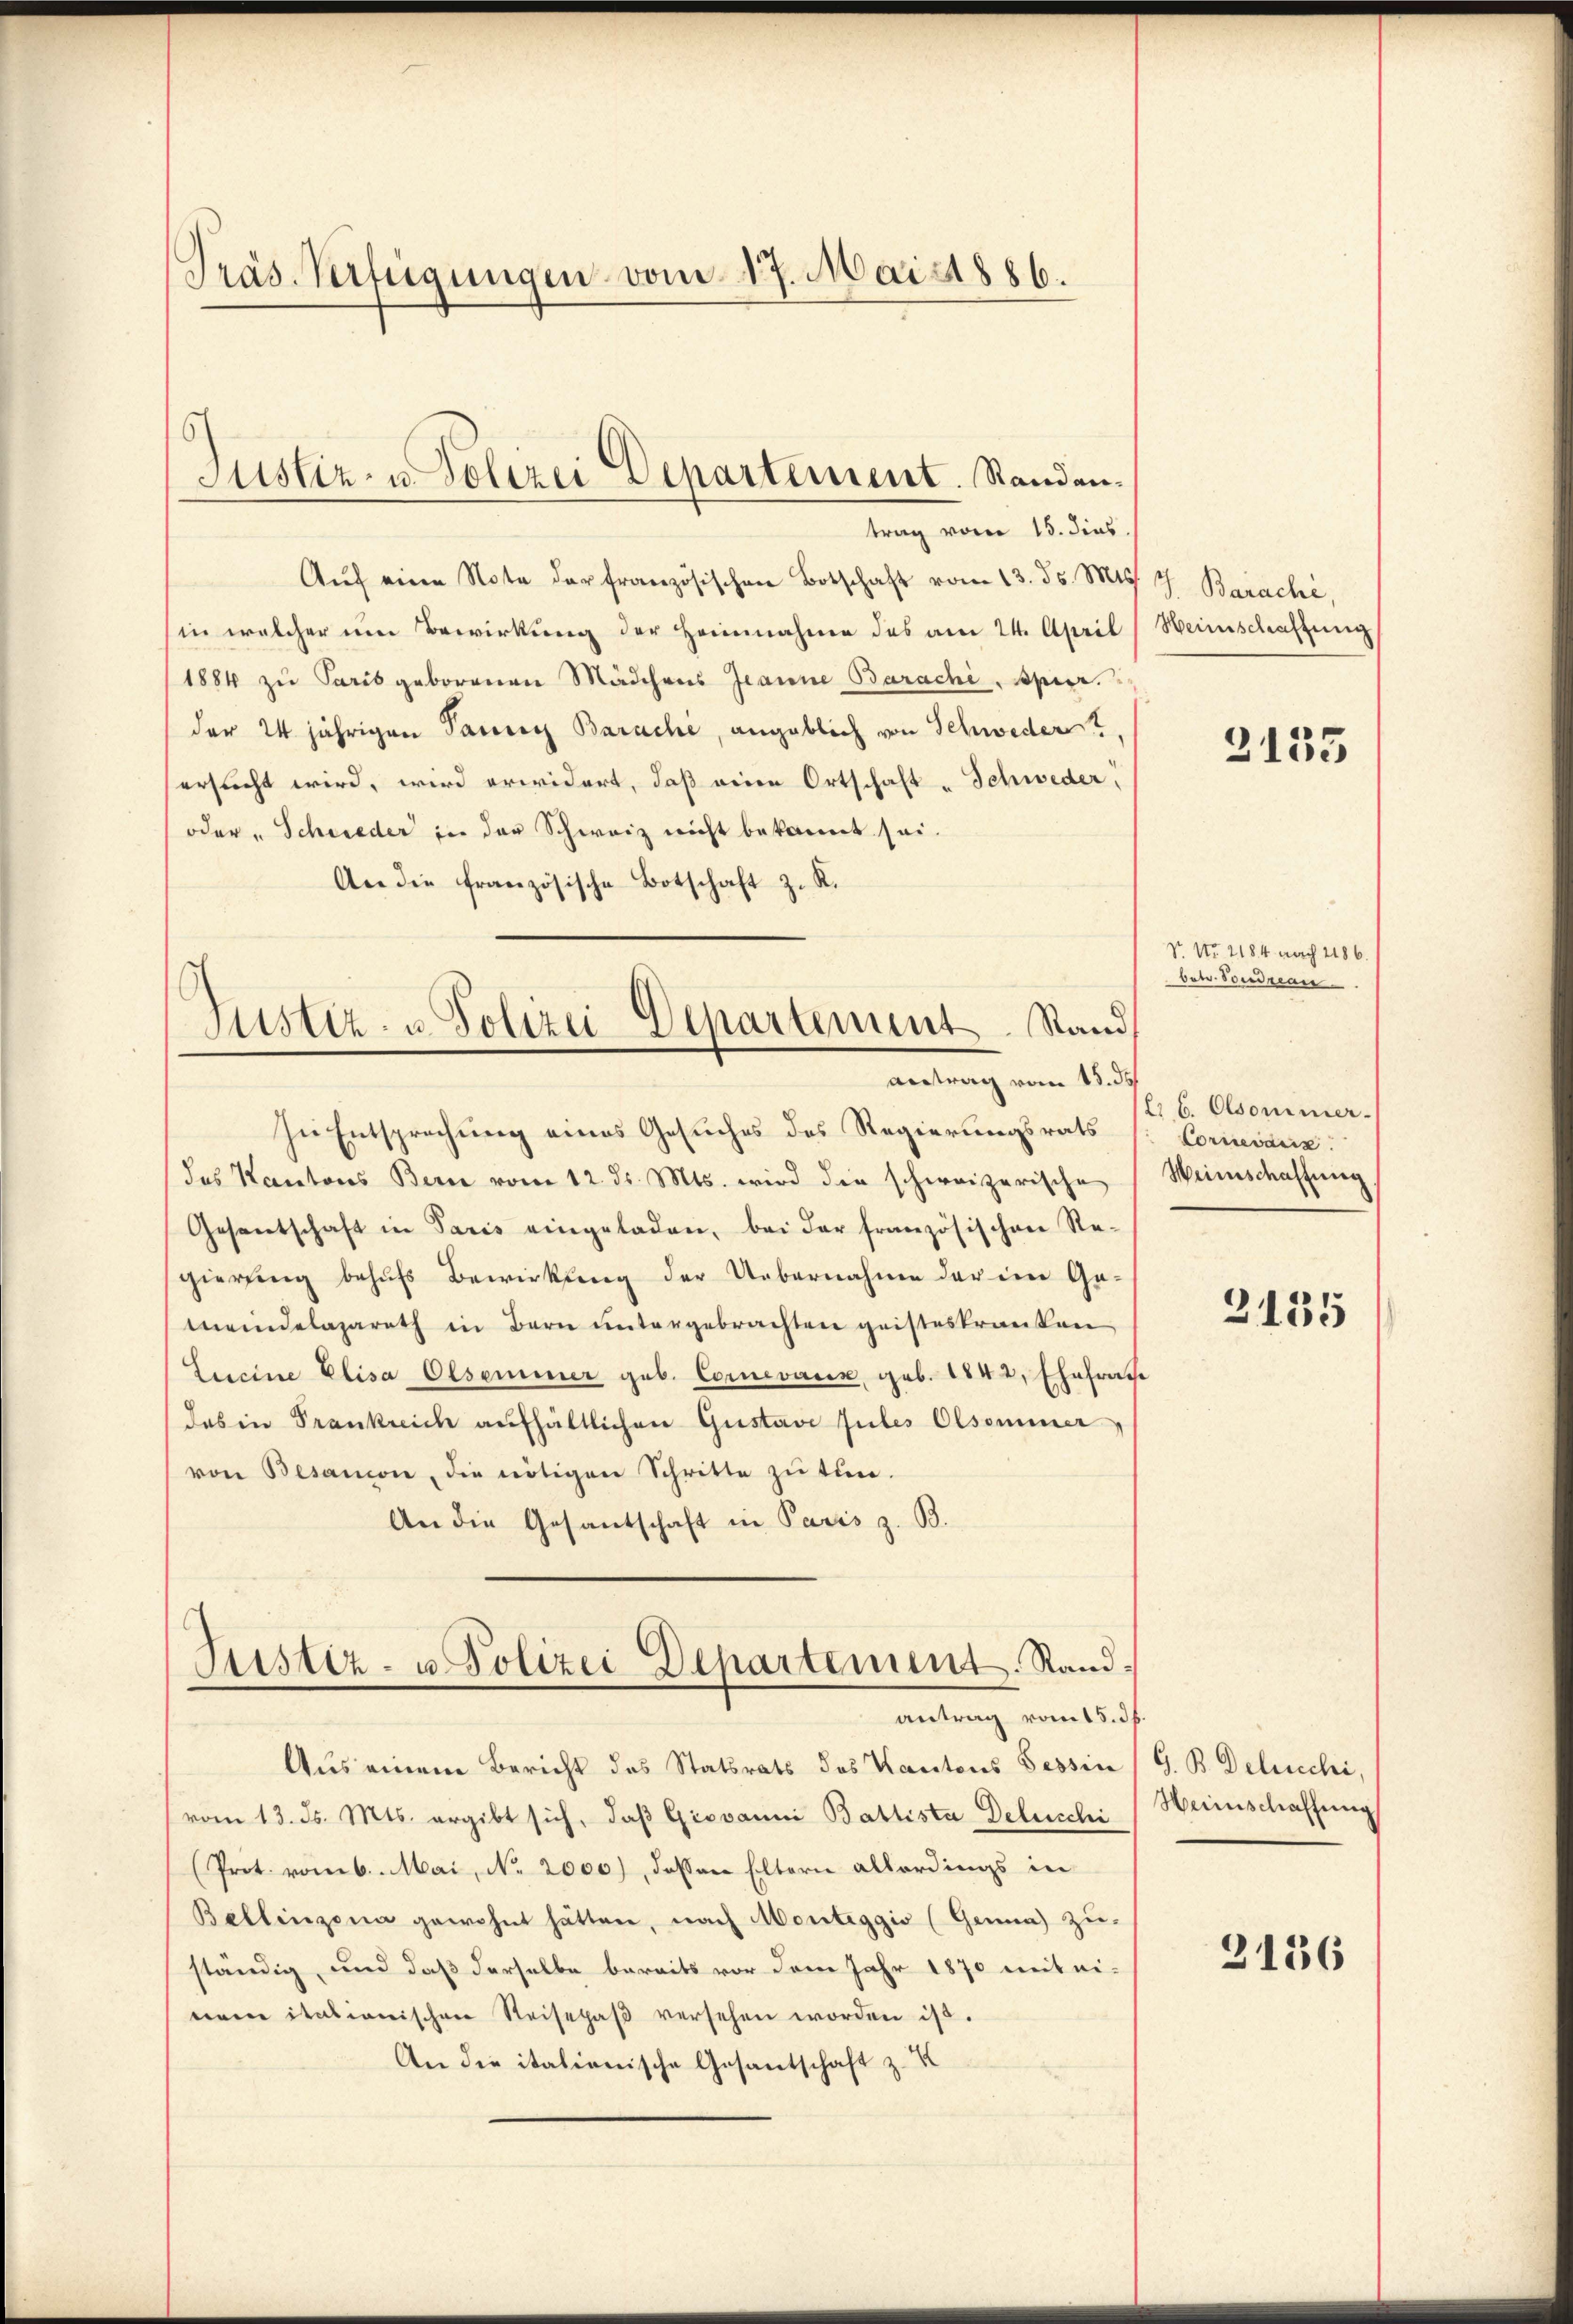
Präs. Verfügungen vom 17. Mai 1886.

Aŭf eine Note der französischen Botschaft vom 13. ds. Mts. 7. Barache,
in welcher um Bewirkung der Heinnahme des am 24. April, Heimschaftung
1884 zu Paris geborenen Mädchens Jeanne Barache, spier.
der 24 jährigen Paris Barache, angeblich von Schwedert,
ersucht wird, wird erwidert, daß eine Ortschaft „Schweder
oder „Schieder in der Schweiz nicht bekannt sei.
An die französische Botschaft z. R.

Justiz- u Polizei Departement. Standen.
trag vom 15. dies

Justiz- u. Polizei Departement. Stand,
antrag vom 15. ds.

In Entsprechung eines Gesuches des Regierungsrats
des Kantons Bern vom 12. ds. Mts. wird die schweizerische Weinschaffŭng
Gesantschaft in Paris eingeladen, bei der französischen Re-
gierung behufs Bewirkung der Uebernahme der im Ge-
meindelazareth in Bern untergebrachten geisteskranken
Lucine Elisa Olseminer geb. Cornevaux, geb. 1842, Ehefrage
das in Frankreich aufhältlichen Gustavi Jules Olsommer,
von Besanon, die nötigen Schritte zŭ tun.
An die Gesantschaft in Paris z. B.

Justiz- u Polizei Departement. Randantrag vom 15. dh.

Aus einem Bericht des Statsrats des Kantons Tessin / G. B. Delicchi,
vom 13. ds. Mts. ergibt sich, daβ Giovanni Battista Detecchi Heimschaffung
(Prot. vom 6. Mai, No. 2000), dessen Eltern allerdings in
Bellinzona gewohnt hätten, nach Monteggio (Genna) zu-
ständig, und daß derselbe bereits vor dem Jahr 1870 mit ei-
nem itationischen Reisepaβ versehen worden ist.
An die italionische Gesantschaft z. K

3135

N. No. 2184 nach 286.
betr. Vondrian

Er 6. Olsommer.
Cornevasis.

2135

2136